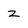
Character: z